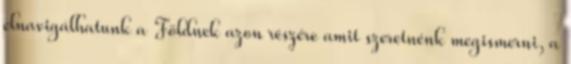
elnavigálhatunk a Földnek azon részére amit szeretnénk megismerni, a